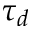
\tau _ { d }